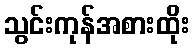
သွင်းကုန်အစားထိုး